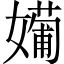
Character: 𡢼